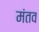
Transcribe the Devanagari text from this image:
मंतव